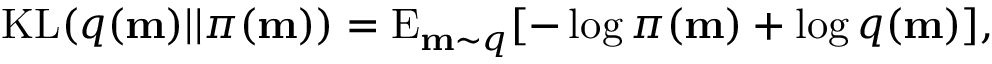
\mathrm { K L } ( q ( \mathbf { m } ) | | \pi ( \mathbf { m } ) ) = \mathrm { E } _ { \mathbf { m } \sim q } [ - \log \pi ( \mathbf { m } ) + \log q ( \mathbf { m } ) ] ,